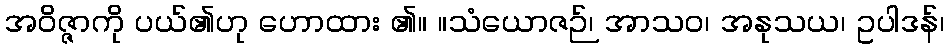
အဝိဇ္ဇာကို ပယ်၏ဟု ဟောထား ၏။ ။သံယောဇဉ်၊ အာသဝ၊ အနုသယ၊ ဥပါဒန်၊